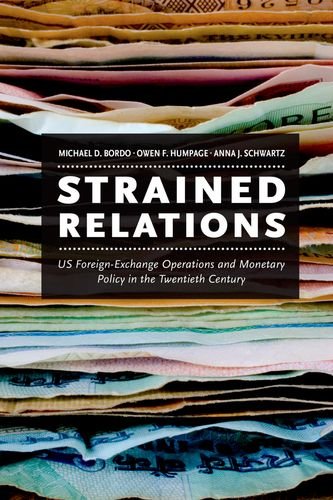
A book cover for Strained Relations: US Foreign-Exchange Operations and Monetary Policy in the Twentieth Century (National Bureau of Economic Research Monograph); Michael D. Bordo; Business & Money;